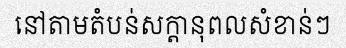
នៅតាមតំបន់សក្តានុពលសំខាន់ៗ